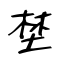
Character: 埜